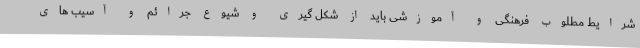
شرایط مطلوب فرهنگی و آموزشی باید از شکل گیری و شیوع جرائم و آسیب های